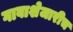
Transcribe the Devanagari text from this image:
गावाशेजारीच